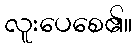
လူးပေစေ၏။